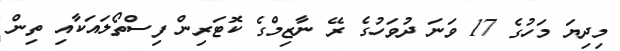
މިދިޔަ މަހުގެ 17 ވަނަ ދުވަހުގެ ރޭ ނާޒިމްގެ ކޮޓަރިން ފިސްތޯލައަކާއި ތިން